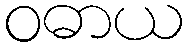
ဝဓာယ